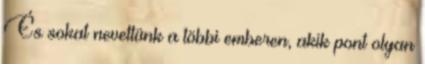
És sokat nevettünk a többi emberen, akik pont olyan